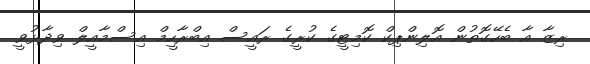
ރިޒާ އާ ބެހޭގޮތުން އޮލިންޕިކް ކޮމިޓީގެ ކުރީގެ ރައީސް އިބްރާހީމް އިސްމާއީލް ވިދާޅުވީ